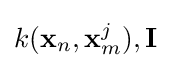
k(\mathbf {x} _{n},\mathbf {x} _{m}^{j}),\mathbf {I}